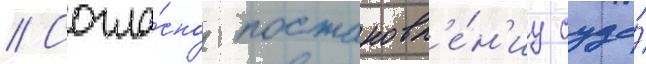
// Согла́сно постановл'е́н'иу суда́